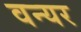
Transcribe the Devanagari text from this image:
वन्यर